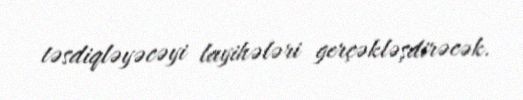
təsdiqləyəcəyi layihələri gerçəkləşdirəcək.